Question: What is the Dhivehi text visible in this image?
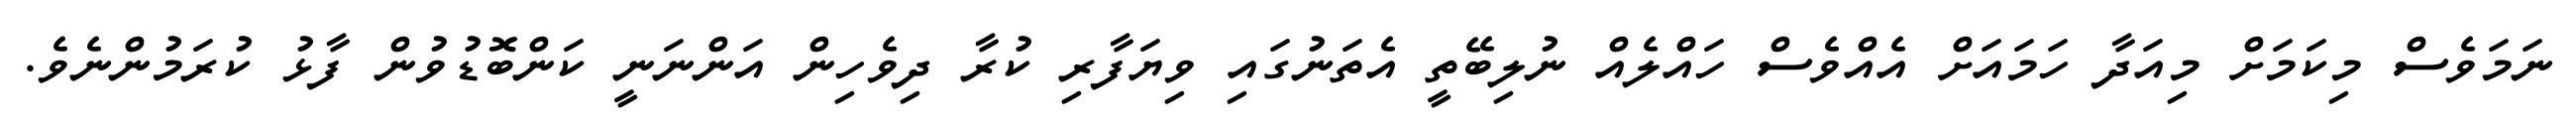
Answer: ނަމަވެސް މިކަމަށް މިއަދާ ހަމައަށް އެއްވެސް ހައްލެއް ނުލިބޭތީ އެތަނުގައި ވިޔަފާރި ކުރާ ދިވެހިން އަންނަނީ ކަންބޮޑުވުން ފާޅު ކުރަމުންނެވެ.